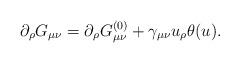
LaTeX: \begin{align*}\partial _\rho G_{\mu \nu }=\partial _\rho G_{\mu \nu}^{(0)}+\gamma _{\mu \nu }u_\rho \theta (u).\end{align*}